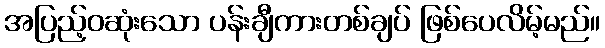
အပြည့်ဝဆုံးသော ပန်းချီကားတစ်ချပ် ဖြစ်ပေလိမ့်မည်။